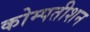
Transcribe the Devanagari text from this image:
कोम्पतीशन